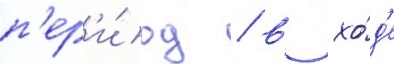
п'ер'и́од / в хо́д'е